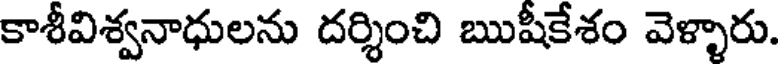
కాశీవిశ్వనాధులను దర్శించి ఋషీకేశం వెళ్ళారు.